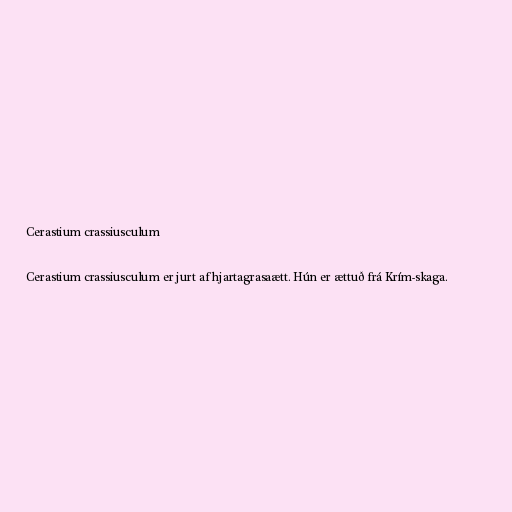
Cerastium crassiusculum

Cerastium crassiusculum er jurt af hjartagrasaætt. Hún er ættuð frá Krím-skaga.